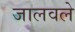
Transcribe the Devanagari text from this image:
जालवले